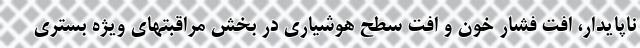
ناپایدار، افت فشار خون و افت سطح هوشیاری در بخش مراقبتهای ویژه بستری